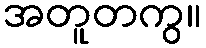
အတူတကွ။